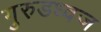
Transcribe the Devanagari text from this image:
गुरुडध्वज